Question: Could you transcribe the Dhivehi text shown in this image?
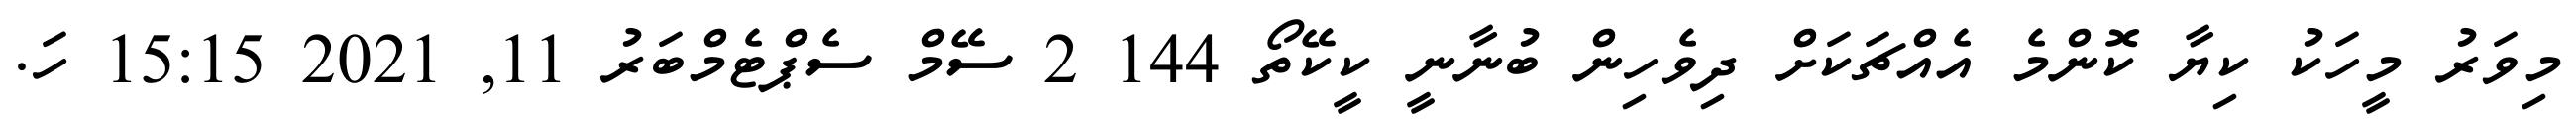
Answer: މިވަރު މީހަކު ކިޔާ ކޮންމެ އެއްޗަކަށް ދިވެހިން ބުނާނީ ކީކޭތޯ 144 2 ސޭމް ސެޕްޓެމްބަރު 11, 2021 15:15 ހަ.